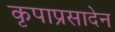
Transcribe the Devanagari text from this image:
कृपाप्रसादेन